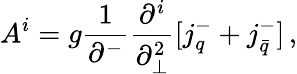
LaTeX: A^{i}=g\frac{1}{\partial^{-}}\frac{\partial^{i}}{\partial_{\perp}^{2}}[j_{q}^{-}+j_{\bar{q}}^{-}]\, ,